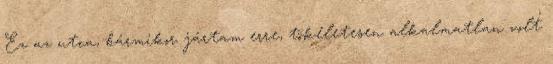
Ez az utca, bármikor jártam erre, tökéletesen alkalmatlan volt